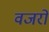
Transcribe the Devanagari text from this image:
वजरों